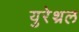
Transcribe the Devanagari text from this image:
युरेथ्रल